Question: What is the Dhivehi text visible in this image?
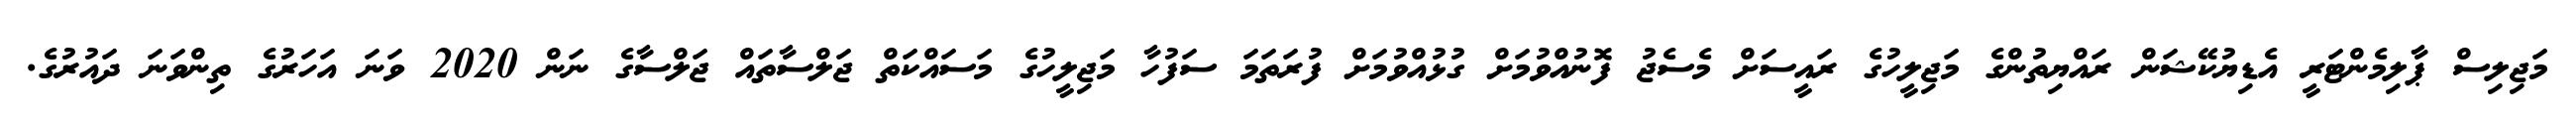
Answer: މަޖިލިސް ޕާލިމެންޓަރީ އެޑިޔުކޭޝަން ރައްޔިތުންގެ މަޖިލީހުގެ ރައީސަށް މެސެޖު ފޮނުއްވުމަށް ގުޅުއްވުމަށް ފުރަތަމަ ސަފުހާ މަޖިލީހުގެ މަސައްކަތް ޖަލްސާތައް ޖަލްސާގެ ނަން 2020 ވަނަ އަހަރުގެ ތިންވަނަ ދައުރުގެ.